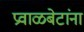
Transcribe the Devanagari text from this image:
प्रवाळबेटांना